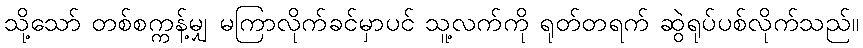
သို့သော် တစ်စက္ကန့်မျှ မကြာလိုက်ခင်မှာပင် သူ့လက်ကို ရုတ်တရက် ဆွဲရုပ်ပစ်လိုက်သည်။